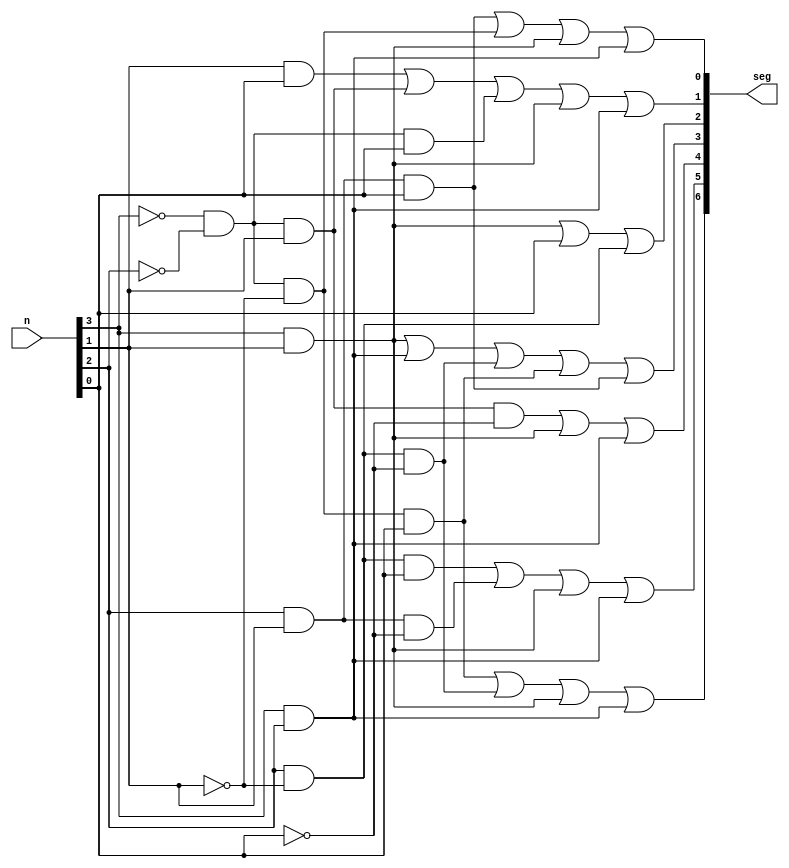
`timescale 1ns / 1ps


module Lights(n,seg );
input [3:0] n;
output reg [6:0] seg;

always @ (n)
begin 
//A
seg[6] <= (~n[3]&~n[2]&~n[1]&n[0]) | (n[2]&~n[1]&~n[0]) | (n[3]&n[1]) | (n[3]&n[2]);
//B
seg[5] <= (n[2]&~n[1]&n[0]) | (n[2]&n[1]&~n[0]) | (n[3]&n[1]) | (n[3]&n[2]);
//C
seg[4] <= (~n[3]&~n[2]&n[1]&~n[0]) | (n[3]&n[1]) | (n[3]&n[2]);
//D
seg[3] <= (n[3]&n[1]) | (n[3]&n[2]) | (n[2]&~n[1]&~n[0]) | (~n[3]&~n[2]&~n[1]&n[0]) | (n[2]&n[1]&n[0]);
//E
seg[2] <= (n[3]&n[1]) | (n[0]) | (n[2]&~n[1]);
//F
seg[1] <= (n[1]&n[0]) | (~n[3]&~n[2]&n[1]) | ( ~n[3]&~n[2]&n[0]) | (n[3]&n[1]) | (n[3]&n[2]);
//G
seg[0] <= (n[2]&n[1]&n[0]) | (~n[3]&~n[2]&~n[1]) | (n[3]&n[1]) | (n[3]&n[2]);

end

endmodule